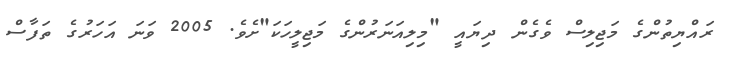
ރައްޔިތުންގެ މަޖިލިސް ވެގެން ދިޔައީ "މިލިއަނަރުންގެ މަޖިލީހަކަ"ށެވެ. 2005 ވަނަ އަހަރުގެ ތަފާސް